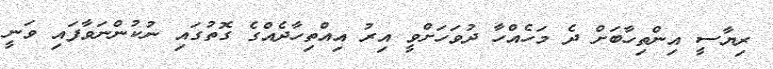
ރިިޔާސީ އިންތިހާބަށް ދެ މަހެއްހާ ދުވަހަށްވީ އިރު އިއްތިހާދެއްގެ ގޮތުގައި ނުކުންނަވާފައި ވަނީ